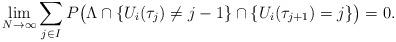
LaTeX: \begin{align*}\lim_{N \rightarrow \infty} \sum_{j \in I} P\big(\Lambda \cap \{U_i(\tau_j) \neq j-1\} \cap \{U_i(\tau_{j+1}) = j\} \big) = 0.\end{align*}